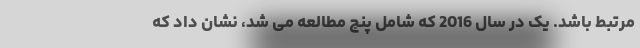
مرتبط باشد. یک در سال 2016 که شامل پنج مطالعه می شد، نشان داد که